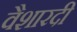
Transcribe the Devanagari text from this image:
वैशारदी